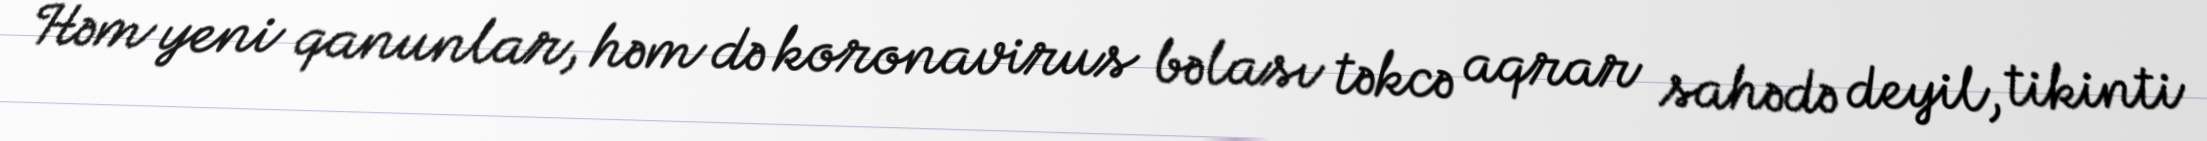
Həm yeni qanunlar, həm də koronavirus bəlası təkcə aqrar sahədə deyil, tikinti